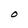
Character: O